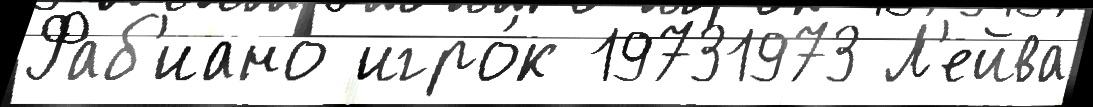
Фаб'иано игро́к 19731973 Л'ейва